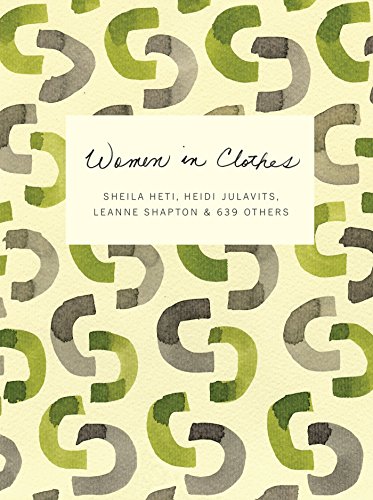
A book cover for Women in Clothes; Sheila Heti; Literature & Fiction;